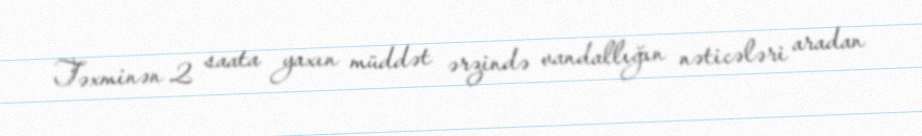
Təxminən 2 saata yaxın müddət ərzində vandallığın nəticələri aradan